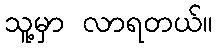
သူ့မှာ လာရတယ်။